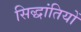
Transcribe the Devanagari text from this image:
सिद्धांतियों